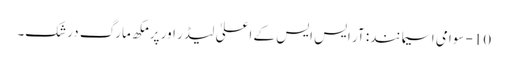
10- سوامی اسیما نند: آر ایس ایس کے اعلیٰ لیڈر اور پرمکھ مارگ درشک۔